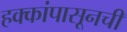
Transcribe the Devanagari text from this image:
हक्कांपासूनची